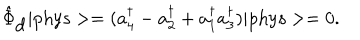
\hat { \Phi } _ { \mathrm { d } } \vert \mathrm { p h y s } > = ( a _ { 4 } ^ { \dagger } - a _ { 2 } ^ { \dagger } + a _ { 1 } ^ { \dagger } a _ { 3 } ^ { \dagger } ) \vert \mathrm { p h y s } > = 0 .